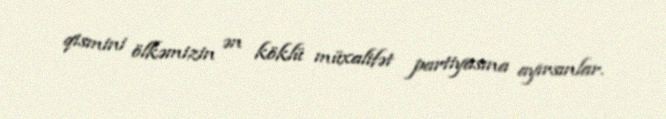
qismini ölkəmizin ən köklü müxalifət partiyasına ayırsınlar.